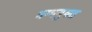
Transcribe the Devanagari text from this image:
धम्मयुक्त